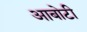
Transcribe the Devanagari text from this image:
आबोटी